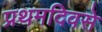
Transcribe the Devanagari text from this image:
प्रथमदिवसे